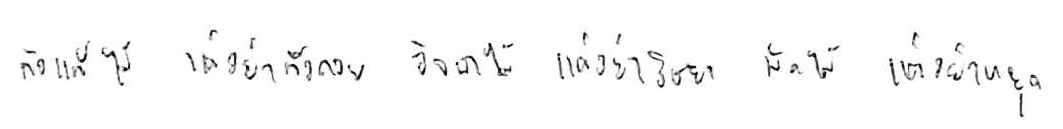
ท้อแท้ได้ แต่อย่าท้อถอย อิจฉาได้ แต่อย่าริษยา พักได้ แต่อย่าหยุด